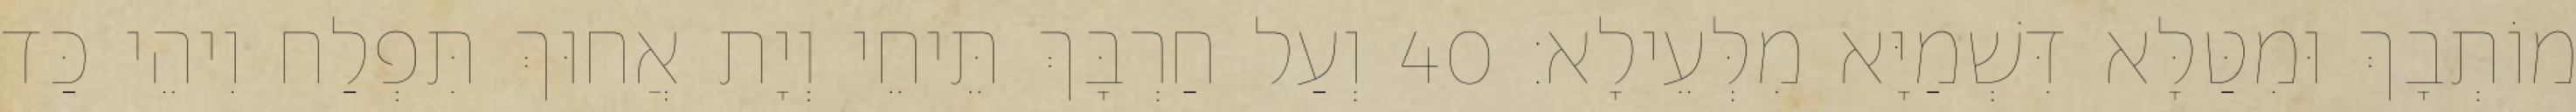
מוֹתְבָךְ וּמִטַּלָּא דִּשְׁמַיָּא מִלְּעֵילָא׃ 40 וְעַל חַרְבָּךְ תֵּיחֵי וְיָת אֲחוּךְ תִּפְלַח וִיהֵי כַּד